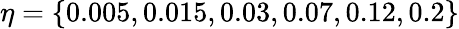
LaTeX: \eta=\{ 0.005,0.015,0.03,0.07,0.12,0.2\}